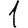
Digit: 1